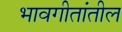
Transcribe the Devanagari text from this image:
भावगीतांतील